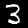
Label: 3